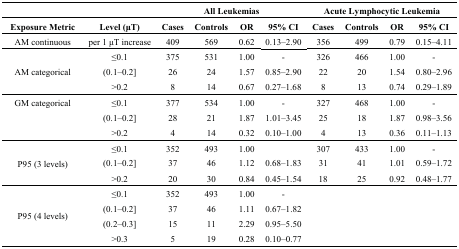
<table><thead><tr><td></td><td></td><td colspan="4"><b>All Leukemias</b></td><td colspan="4"><b>Acute Lymphocytic Leukemia</b></td></tr><tr><td><b>Exposure Metric</b></td><td><b>Level (μT)</b></td><td><b>Cases</b></td><td><b>Controls</b></td><td><b>OR</b></td><td><b>95% CI</b></td><td><b>Cases</b></td><td><b>Controls</b></td><td><b>OR</b></td><td><b>95% CI</b></td></tr></thead><tbody><tr><td>AM continuous</td><td>per 1 μT increase</td><td>409</td><td>569</td><td>0.62</td><td>0.13–2.90</td><td>356</td><td>499</td><td>0.79</td><td>0.15–4.11</td></tr><tr><td rowspan="3">AM categorical</td><td>≤0.1</td><td>375</td><td>531</td><td>1.00</td><td>-</td><td>326</td><td>466</td><td>1.00</td><td>-</td></tr><tr><td>(0.1–0.2]</td><td>26</td><td>24</td><td>1.57</td><td>0.85–2.90</td><td>22</td><td>20</td><td>1.54</td><td>0.80–2.96</td></tr><tr><td>&gt;0.2</td><td>8</td><td>14</td><td>0.67</td><td>0.27–1.68</td><td>8</td><td>13</td><td>0.74</td><td>0.29–1.89</td></tr><tr><td>GM categorical</td><td>≤0.1</td><td>377</td><td>534</td><td>1.00</td><td>-</td><td>327</td><td>468</td><td>1.00</td><td>-</td></tr><tr><td></td><td>(0.1–0.2]</td><td>28</td><td>21</td><td>1.87</td><td>1.01–3.45</td><td>25</td><td>18</td><td>1.87</td><td>0.98–3.56</td></tr><tr><td></td><td>&gt;0.2</td><td>4</td><td>14</td><td>0.32</td><td>0.10–1.00</td><td>4</td><td>13</td><td>0.36</td><td>0.11–1.13</td></tr><tr><td rowspan="3">P95 (3 levels)</td><td>≤0.1</td><td>352</td><td>493</td><td>1.00</td><td></td><td>307</td><td>433</td><td>1.00</td><td>-</td></tr><tr><td>(0.1–0.2]</td><td>37</td><td>46</td><td>1.12</td><td>0.68–1.83</td><td>31</td><td>41</td><td>1.01</td><td>0.59–1.72</td></tr><tr><td>&gt;0.2</td><td>20</td><td>30</td><td>0.84</td><td>0.45–1.54</td><td>18</td><td>25</td><td>0.92</td><td>0.48–1.77</td></tr><tr><td rowspan="4">P95 (4 levels)</td><td>≤0.1</td><td>352</td><td>493</td><td>1.00</td><td>-</td><td></td><td></td><td></td><td></td></tr><tr><td>(0.1–0.2]</td><td>37</td><td>46</td><td>1.11</td><td>0.67–1.82</td><td></td><td></td><td></td><td></td></tr><tr><td>(0.2–0.3]</td><td>15</td><td>11</td><td>2.29</td><td>0.95–5.50</td><td></td><td></td><td></td><td></td></tr><tr><td>&gt;0.3</td><td>5</td><td>19</td><td>0.28</td><td>0.10–0.77</td><td></td><td></td><td></td><td></td></tr></tbody></table>